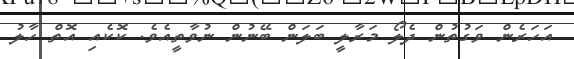
އަހަރެން ވަގުތުން ދެލޯ މަރާލީ ބަލަން ބޭނުން ނުވާތީއެވެ. ކޮކެއި އޮތް ހާލު